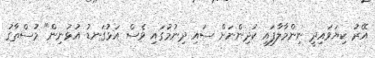
އޭރު ކިޔަވައިދީ ނިންމާލާފައި ކުދިންނަށް ސައި ދިނުމުގައި ވެސް އަޅުގަނޑު އުޅުނިން" މުސްތާގު